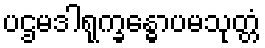
ပဌမဒါရုက္ခန္ဓောပမသုတ္တံ